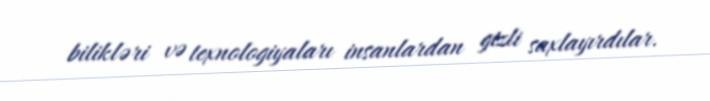
bilikləri və texnologiyaları insanlardan gizli saxlayırdılar.